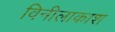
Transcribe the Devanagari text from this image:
विनीलाकाश